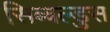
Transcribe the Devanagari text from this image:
सिब्बल्डुस